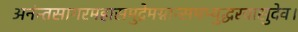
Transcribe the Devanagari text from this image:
अनंन्तसागरमहासमुद्रेमग्नान्समभ्युद्धरवासुदेव।